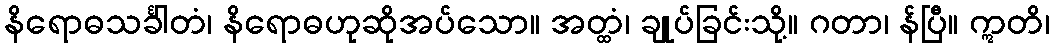
နိရောဓသင်္ခါတံ၊ နိရောဓဟုဆိုအပ်သော။ အတ္ထံ၊ ချုပ်ခြင်းသို့။ ဂတာ၊ န်ပြီ။ ဣတိ၊